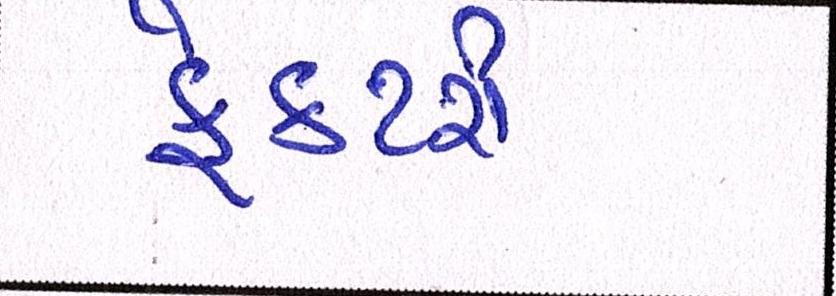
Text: ફેક્ટરી